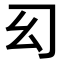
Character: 𢆱